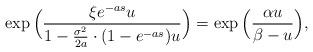
LaTeX: \begin{align*} \exp \Big(\frac{\xi e^{-as}u}{1-\frac{\sigma^2}{2a}\cdot (1-e^{-as})u} \Big) = \exp \Big( \frac{\alpha u}{\beta -u} \Big ), \end{align*}